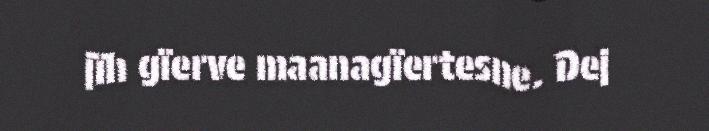
jïh gïerve maanagïertesne. Dej